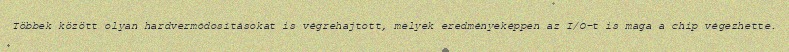
Többek között olyan hardvermódosításokat is végrehajtott, melyek eredményeképpen az I/O-t is maga a chip végezhette.